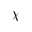
\chi